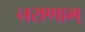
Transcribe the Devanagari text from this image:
नराणाम्